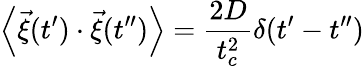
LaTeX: \left\langle\vec{\xi}(t^{\prime})\cdot\vec{\xi}(t^{\prime\prime})\right\rangle=\frac{2D}{t_{c}^{2}}\delta(t^{\prime}-t^{\prime\prime})